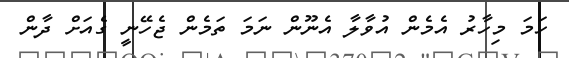
ހަމަ މިހާރު އެމެން އުވާލާ އެނޫން ނަމަ ތަމެން ޖެހޭނީ ގެއަށް ދާން